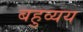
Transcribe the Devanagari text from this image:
बहुव्यय